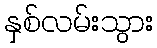
နှစ်လမ်းသွား